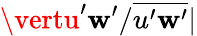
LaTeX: \vertu^{\prime}\mathbf{w}^{\prime}/\overline{{{u^{\prime}\mathbf{w}^{\prime}}}}\vert